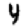
Digit: 4